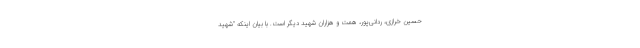
حسین خرازی، ردانی‌پور، همت و هزاران شهید دیگر است. با بیان اینکه "شهید